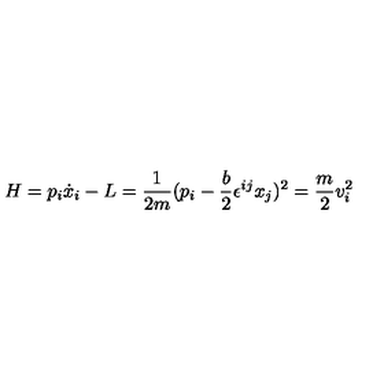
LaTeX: H = p _ { i } \dot { x } _ { i } - L = \frac { 1 } { 2 m } ( p _ { i } - \frac { b } { 2 } \epsilon ^ { i j } x _ { j } ) ^ { 2 } = \frac { m } { 2 } v _ { i } ^ { 2 }